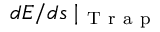
d E / d s \mid _ { \mathrm { ~ T ~ r ~ a ~ p ~ } }